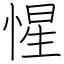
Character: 惺